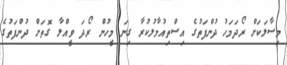
މިސާލަކަށް ރޯދަމަހު ދުންފަތުގެ އިސްތިއުމާލުކުރާ ގިނަ މީހުން ރޯދަ ވީއްލާ ގޮތަށް ދުންފަތުގެ